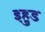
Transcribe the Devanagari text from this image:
इहुड